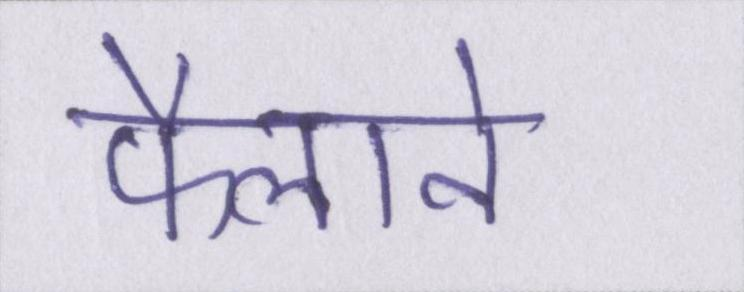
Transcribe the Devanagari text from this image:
फैलाने